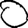
Digit: 0